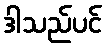
ဒါသည်ပင်